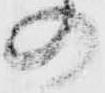
の